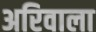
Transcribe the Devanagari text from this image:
अरिवाला